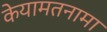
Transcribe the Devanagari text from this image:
केयामतनामा